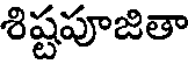
శిష్టపూజితా